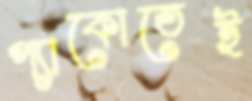
প্যাকোতেই